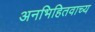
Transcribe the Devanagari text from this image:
अनभिहितवाच्य